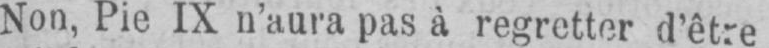
Non, Pie IX n’aura pas à regretter d’être